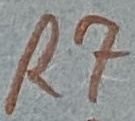
Text: R7